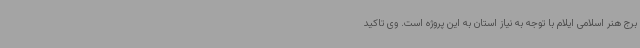
برج هنر اسلامی ایلام با توجه به نیاز استان به این پروژه است. وی تاکید